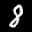
Label: 8